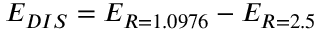
E _ { D I S } = E _ { R = 1 . 0 9 7 6 } - E _ { R = 2 . 5 }